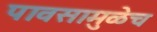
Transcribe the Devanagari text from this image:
पावसामुळेच